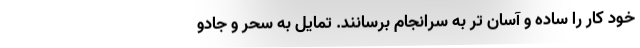
خود کار را ساده و آسان تر به سرانجام برسانند. تمایل به سحر و جادو